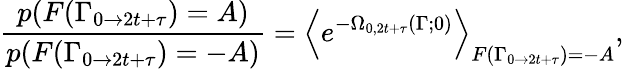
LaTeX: \frac{p(F(\Gamma_{0\rightarrow 2t+\tau})=A)}{p(F(\Gamma_{0\rightarrow 2t+\tau})=-A)}=\left<e^{-\Omega_{0,2t+\tau}(\Gamma;0)}\right>_{F(\Gamma_{0\rightarrow 2t+\tau})=-A},